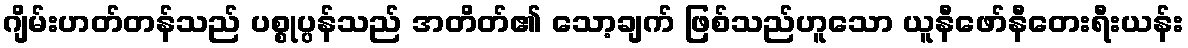
ဂျိမ်းဟတ်တန်သည် ပစ္စုပ္ပန်သည် အတိတ်၏ သော့ချက် ဖြစ်သည်ဟူသော ယူနီဖော်နီတေးရီးယန်း